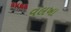
વલખા